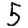
Digit: 5